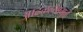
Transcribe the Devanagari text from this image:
आढळल्यामुळें